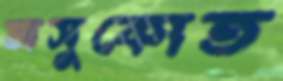
অসুকোত